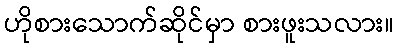
ဟိုစားသောက်ဆိုင်မှာ စားဖူးသလား။